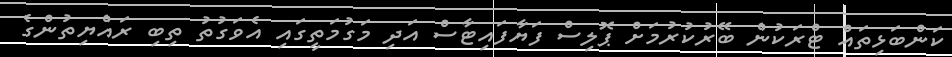
ކަންބަޅިތައް ޓްރަކުން ބޭރުކުރުމަށް ޕޮލިސް ފަޔާފައިޓާސް އަދި މަގުމަތީގައި އެވަގުތު ތިބި ރައްޔިތުންގެ